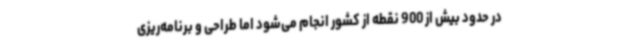
در حدود بیش از 900 نقطه از کشور انجام می‌شود اما طراحی و برنامه‌ریزی